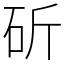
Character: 斫